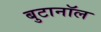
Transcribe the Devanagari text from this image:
बुटानॉल